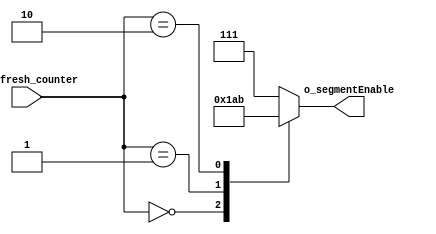
`timescale 1ns / 1ps


module segment_control(input [1:0] i_refresh_counter,
							  output reg [2:0] o_segmentEnable);
	 	
	always @(i_refresh_counter)
	begin
		case(i_refresh_counter)
			2'b00 : o_segmentEnable <= 3'b110;
			2'b01 : o_segmentEnable <= 3'b101;
			2'b10 : o_segmentEnable <= 3'b011;
		 default : o_segmentEnable <= 3'b111;		 
		endcase
	end
endmodule